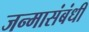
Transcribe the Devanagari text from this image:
जन्मासंबंधी